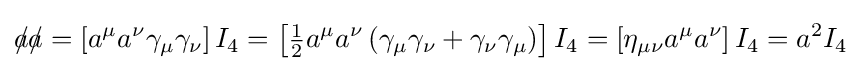
{a\!\!\!/}{a\!\!\!/}=\left[a^{\mu }a^{\nu }\gamma _{\mu }\gamma _{\nu }\right]I_{4}=\left[{\tfrac {1}{2}}a^{\mu }a^{\nu }\left(\gamma _{\mu }\gamma _{\nu }+\gamma _{\nu }\gamma _{\mu }\right)\right]I_{4}=\left[\eta _{\mu \nu }a^{\mu }a^{\nu }\right]I_{4}=a^{2}I_{4}